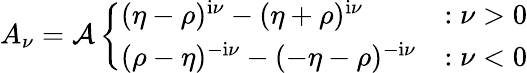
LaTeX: A_{\nu}={\cal A}\left\{ \begin{array}{ll}{(\eta-\rho)^{\mathrm{i}\nu}-(\eta+\rho)^{\mathrm{i}\nu}}&{:\nu>0}\\ {(\rho-\eta)^{-\mathrm{i}\nu}-(-\eta-\rho)^{-\mathrm{i}\nu}}&{:\nu<0}\end{array}\right.